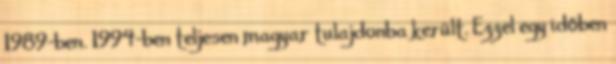
1989-ben. 1994-ben teljesen magyar tulajdonba került. Ezzel egy időben